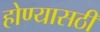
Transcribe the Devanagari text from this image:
होण्यासठी